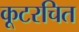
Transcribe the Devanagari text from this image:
कूटरचित